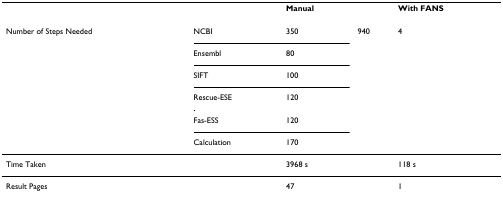
<table><thead><tr><td></td><td></td><td><b>Manual</b></td><td></td><td><b>With FANS</b></td></tr></thead><tbody><tr><td>Number of Steps Needed</td><td>NCBI</td><td>350</td><td>940</td><td>4</td></tr><tr><td></td><td>Ensembl</td><td>80</td><td></td><td></td></tr><tr><td></td><td>SIFT</td><td>100</td><td></td><td></td></tr><tr><td></td><td>Rescue-ESE</td><td>120</td><td></td><td></td></tr><tr><td></td><td>Fas-ESS</td><td>120</td><td></td><td></td></tr><tr><td></td><td>Calculation</td><td>170</td><td></td><td></td></tr><tr><td colspan="2">Time Taken</td><td>3968 s</td><td></td><td>118 s</td></tr><tr><td colspan="2">Result Pages</td><td>47</td><td></td><td>1</td></tr></tbody></table>